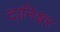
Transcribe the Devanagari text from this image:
दानिश्वर